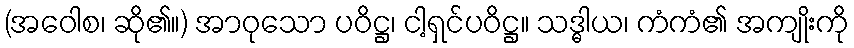
(အဝေါစ၊ ဆို၏။) အာဝုသော ပဝိဋ္ဌ၊ ငါ့ရှင်ပဝိဋ္ဌ။ သဒ္ဓါယ၊ ကံကံ၏ အကျိုးကို